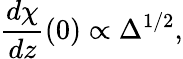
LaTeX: \frac{d\chi}{dz}(0)\propto\Delta^{1/2},